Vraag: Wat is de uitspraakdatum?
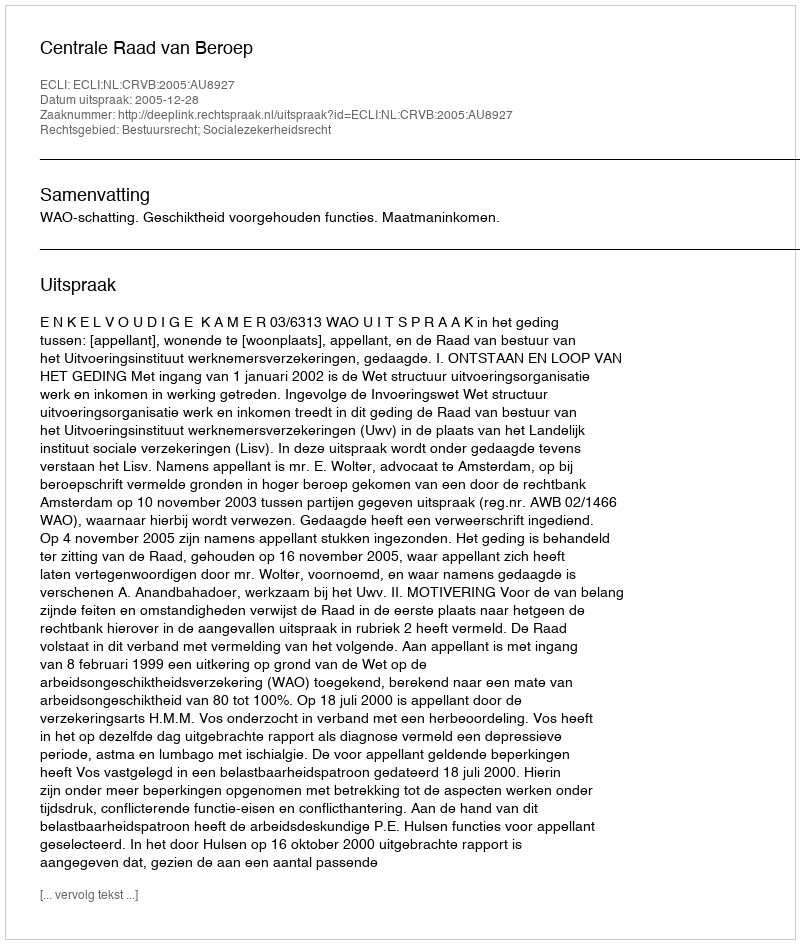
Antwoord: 2005-12-28